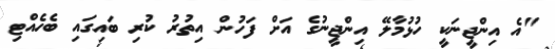
"އެ އިންޖީނަކީ ހުޅުމާލޭ އިންޖީނުގެ އަށް ފަހުން އިތުރު ކުރި ބައިގައި ބެހެއްޓި